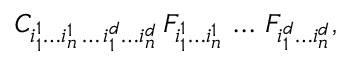
C _ { i _ { 1 } ^ { 1 } \ldots i _ { n } ^ { 1 } \, \ldots \, i _ { 1 } ^ { d } \ldots i _ { n } ^ { d } } \, F _ { i _ { 1 } ^ { 1 } \ldots i _ { n } ^ { 1 } } \, \ldots \, F _ { i _ { 1 } ^ { d } \ldots i _ { n } ^ { d } } ,